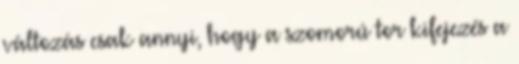
változás csak annyi, hogy a szomorú tor kifejezés a